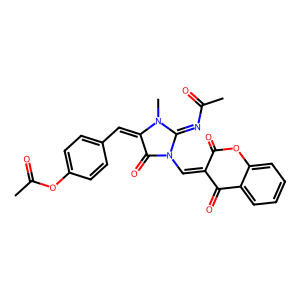
SMILES: CC(=O)N=C1N(C)C(=Cc2ccc(OC(C)=O)cc2)C(=O)N1C=C1C(=O)Oc2ccccc2C1=O
Inhibits HIV replication: No